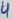
Text: 4